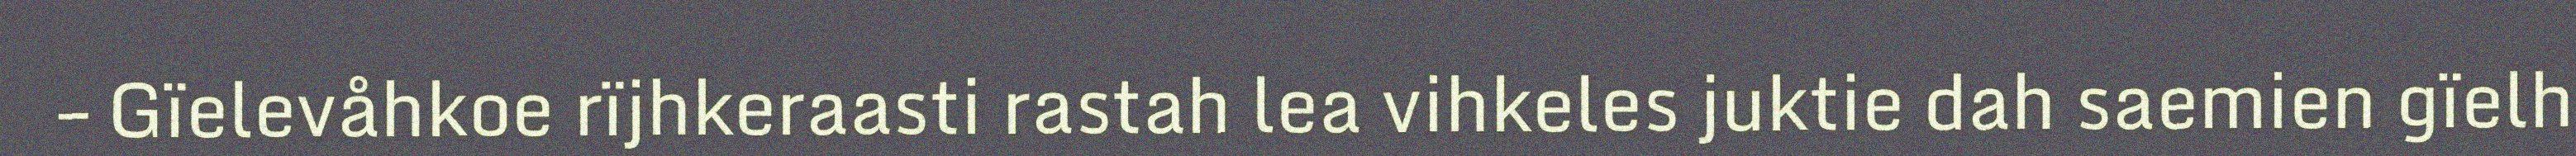
– Gïelevåhkoe rïjhkeraasti rastah lea vihkeles juktie dah saemien gïelh